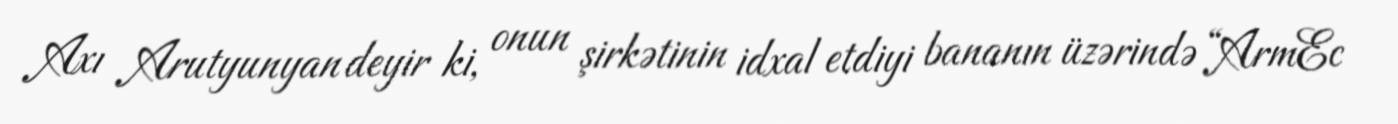
Axı Arutyunyan deyir ki, onun şirkətinin idxal etdiyi bananın üzərində “ArmEc